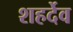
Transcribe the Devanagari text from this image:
शहर्देव